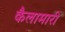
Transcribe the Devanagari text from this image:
कैलामारी